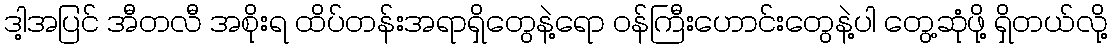
ဒါ့အပြင် အီတလီ အစိုးရ ထိပ်တန်းအရာရှိတွေနဲ့ရော ဝန်ကြီးဟောင်းတွေနဲ့ပါ တွေ့ဆုံဖို့ ရှိတယ်လို့